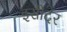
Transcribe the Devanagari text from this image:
इसीदेर